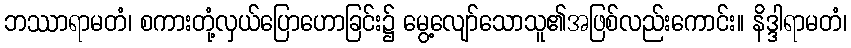
ဘဿာရာမတံ၊ စကားတုံ့လှယ်ပြောဟောခြင်း၌ မွေ့လျော်သောသူ၏အဖြစ်လည်းကောင်း။ နိဒ္ဒါရာမတံ၊